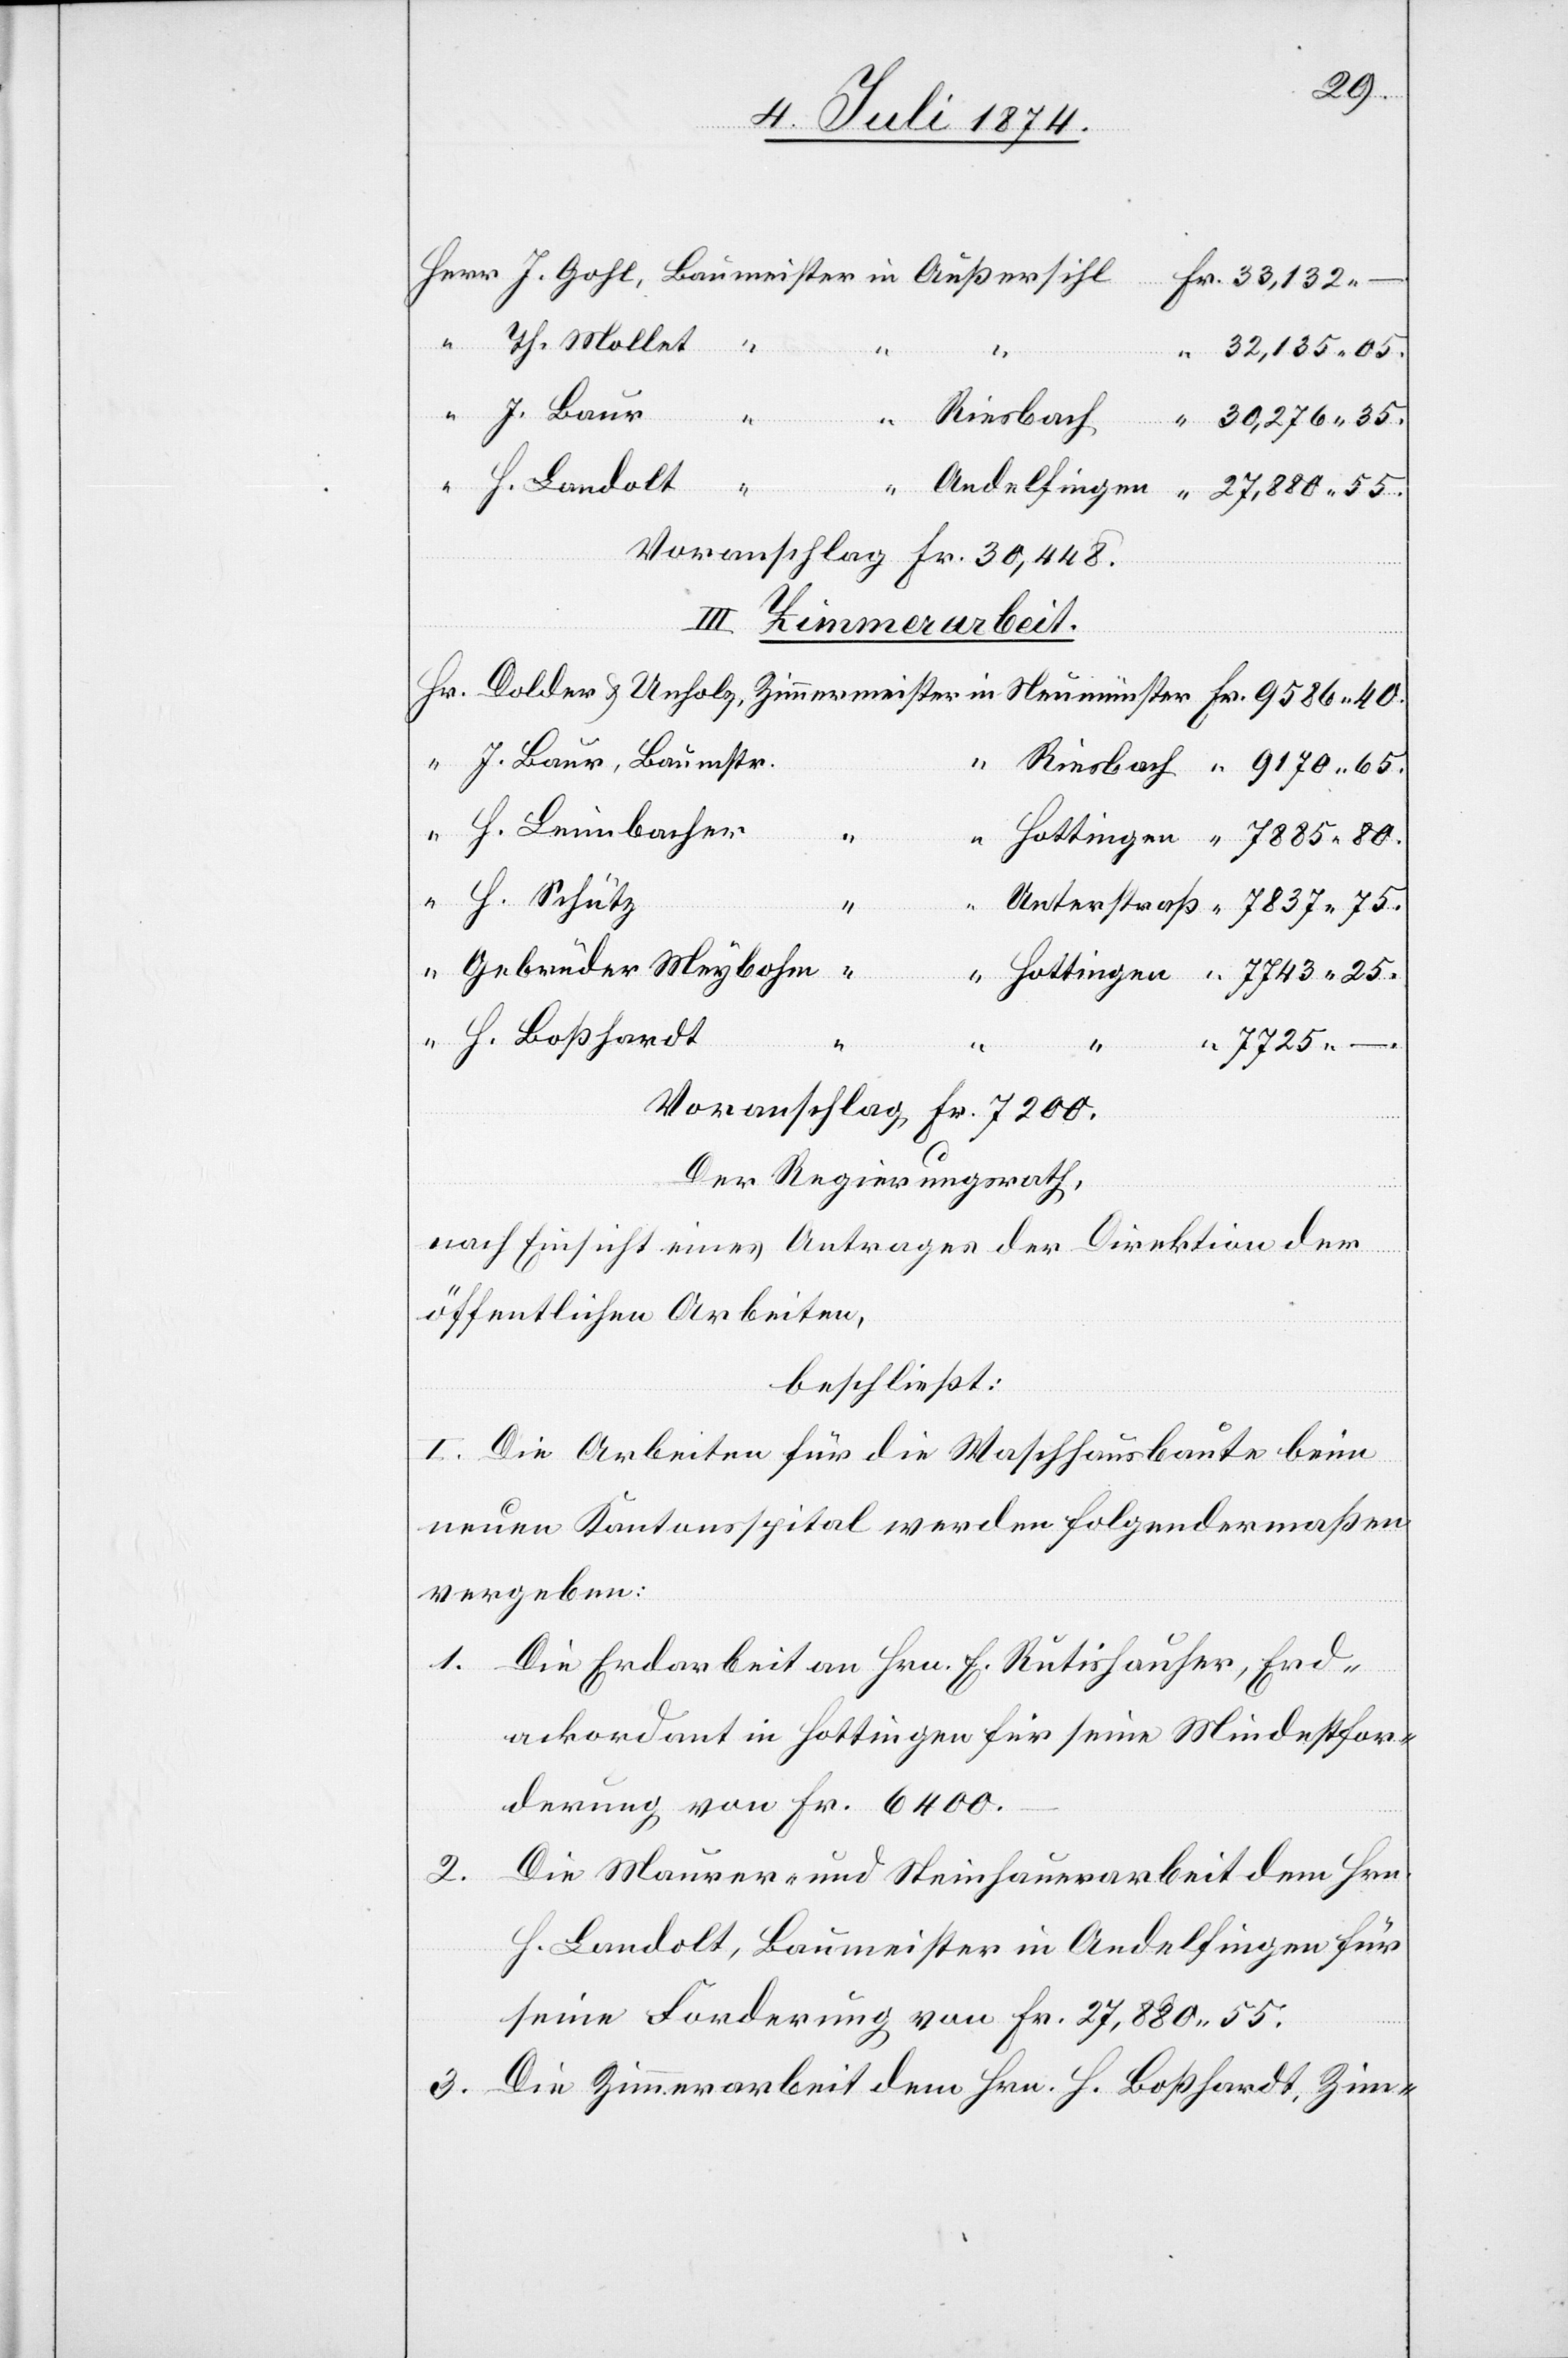
7837.
Th. Mollet
80
J. Baur,
Zimmermeister
Riesbach
H. Landolt
Voranschlag: Fr. 30,448.
III. Zimmerarbeit.
H. Leimbacher
H. Schütz
Gebrüder Meybohm
H. Boßhardt
“
“
“
7725.
Hottingen
Voranschlag, Fr. 7200.
Der Regierungsrath,
nach Einsicht eines Antrages der Direktion der
öffentlichen Arbeiten,
beschließt:
I. Die Arbeiten für die Waschhausbaute beim
neuen Kantonsspital werden folgendermaßen
vergeben:
1. Die Erdarbeit an Hrn. E. Rutishauser, Erd¬
ackerordant in Hottingen für seine Mindestfor¬
derung von Fr. 6400.
Die Maurer- und Steinhauerarbeit dem Hrn.
2.
H. Landolt, Baumeister in Andelfingen für
seine Forderung von Fr. 27,880.55.
3. Die Zimmerarbeit dem Hrn. H. Boßhardt, Zim-